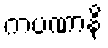
ကပဏာနိ